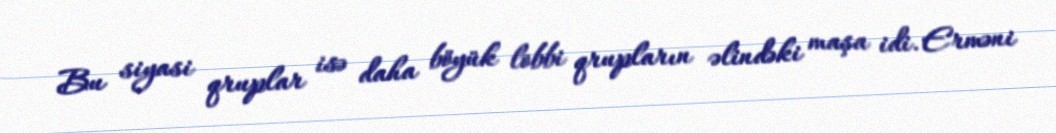
Bu siyasi qruplar isə daha böyük lobbi qrupların əlindəki maşa idi. Erməni